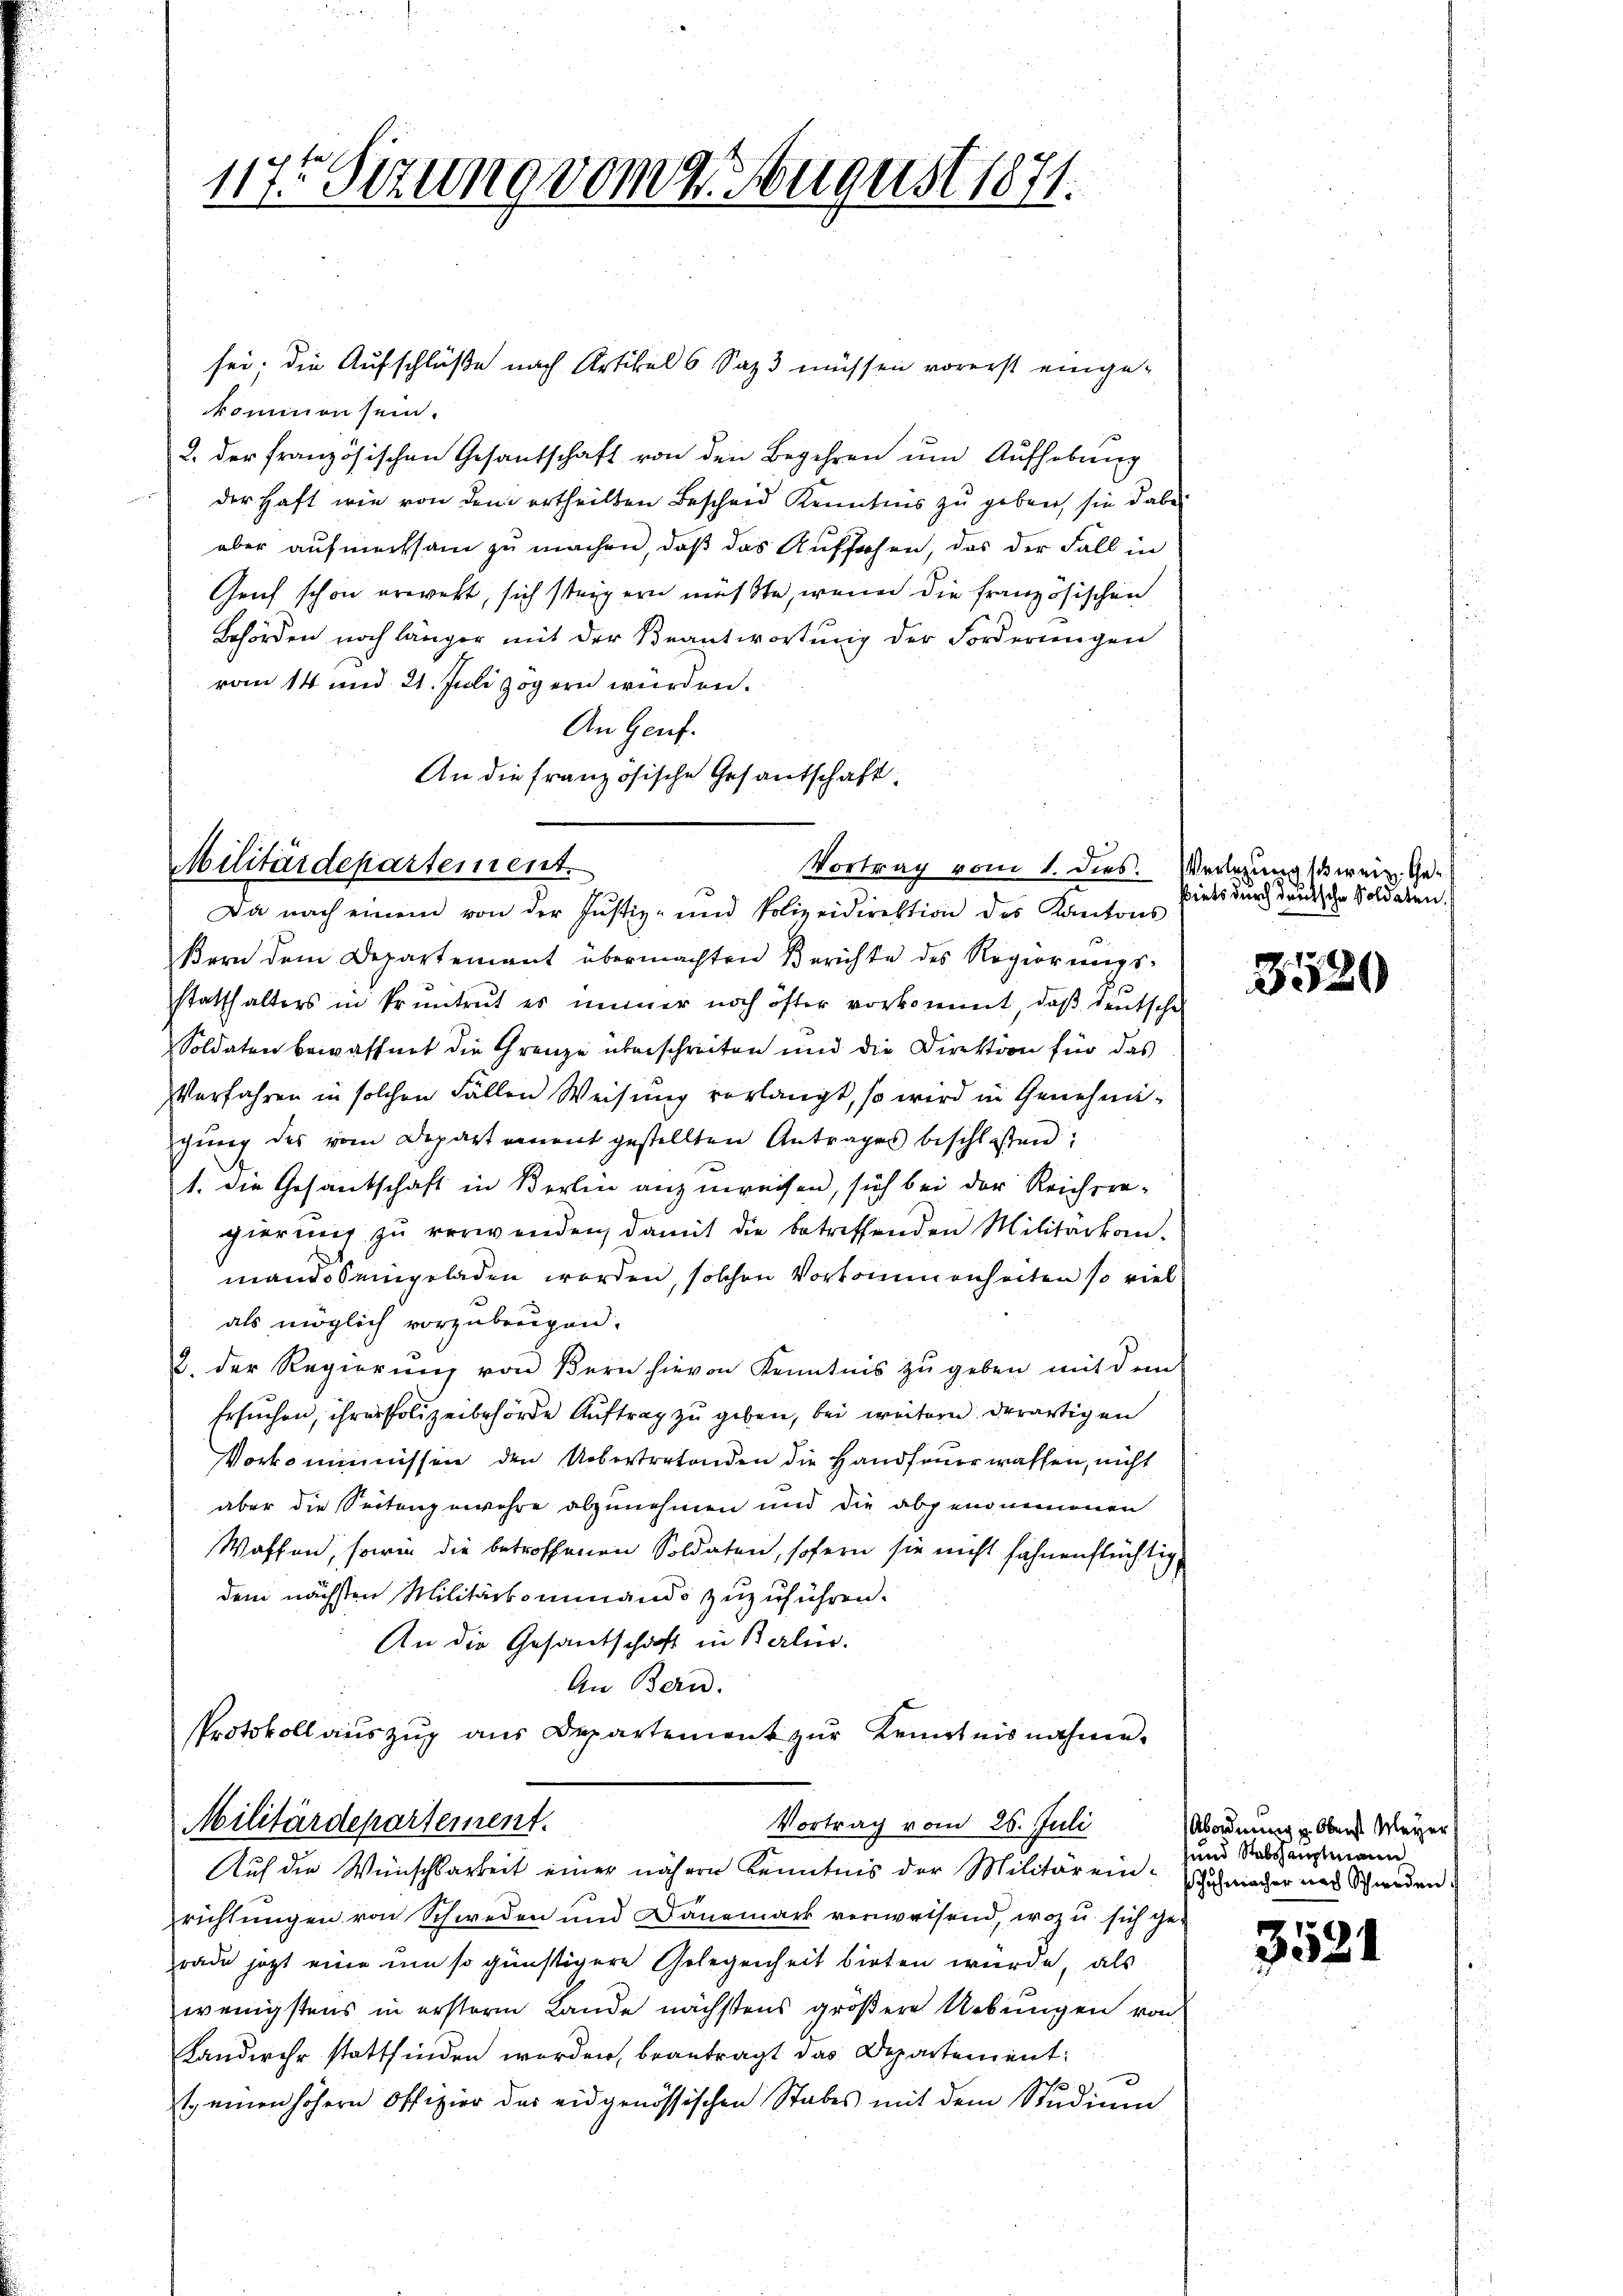
117. Sezung vom 2. August 1871.

sei. Die Aufschlüße nach Artikels Saps müssen vorerst eingekommen sein.
2. der französischen Gesantschaft von den Begehren um Aufhebung
der Haft wie von dem ertheilten Bescheid Kenntnis zu geben, sie dabei
aber aufmerksam zu machen, daß das Aufsehen, das der Fall in
Genf schon erweht, sich steigern müßte, wenn die französischen
Behörden noch länger mit der Beantwortung der Forderungen
vom 14 und 21. Juli zögern wurden.
An Genf.
An die französische Gesantschaft.

Militärdepartement.
Vortrag vom 1. dies.
Da nach einem von der Justiz- und Polizeidirektion des Kantons

Bern dem Departement übermachten Berichte des Regierungsstatthalters in Pruntrut es immer noch öfter vorkommt, daß Deutsche
Soldaten bewaffnet die Grenze überschreiten und die Direktion für das
Verfahren in solchen Fällen Weisung verlangt, so wird in Genehmigung des vom Departement gestellten Antrages beschloßen:
1. die Gesantschaft in Berlin anzuweisen, sich bei der Reichere-
gierung zŭ verwenden, damit die betreffenden Militarkom-
mandos eingeladen werden, solchen Vorkommenheiten so viel
als möglich vorzubringen.
2. der Regierung von Bern hievon Kenntnis zŭ geben mit dem
Ersuchen, ihrer Polizeibehörde Auftrag zu geben, bei weitern derartigen
Vorkommnissen den Uebertretenden die Handfeuer waffen, nicht
aber die Seitengewehre abzunehmen und die abgenommenen
Waffen, sowie die betroffenen Soldaten, sofern sie nicht fahnenflüchtig
dem nächsten Militärkommando zuzuführen.
An die Gesandschaft in Berlin.
An Bern.
Protokoll auszug aus Departement zur Kenntnisnahme.
Vortrag vom 26. Juli
Militärdepartement.
Auf die Wünschbarkeit einer nähern Kenntnis der Militär einrichtungen von Schweden und Dänemark verweisend, wozu sich gerade jetzt eine um so günstigere Gelegenheit bieten wurde, als
wenigstens in erstern Lande nächstens größere Uebungen von
Landwehr stattfinden worden, beantragt das Departement:
t. einen höhern Offizier das eidgenössischen Stabes mit dem Studium

Verlegung schweiz. Ge¬
Piets durch deutsche Soldaten.

3520

Abordnung u. Oberst Meyer
sund Stabshauptmann
Schuhmacher nach Schweden

3524